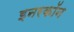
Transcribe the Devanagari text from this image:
इनरकॉन